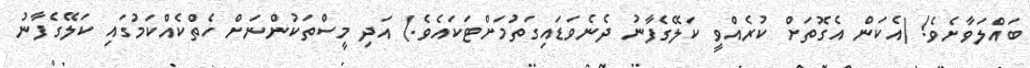
ބައްލަވާށެވެ! (އެކަން އެގޮތަށް ކުރެއްވީ ކަލޭގެފާނު ދެނެވަޑައިގަތުމަށްޓަކައެވެ.) އަދި މީސްތަކުންނަށް ހެތްކެއްކަމުގައި ކަލޭގެފާނު